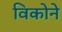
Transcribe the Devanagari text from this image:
विकोने